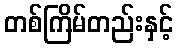
တစ်ကြိမ်တည်းနှင့်